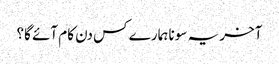
آخر یہ سونا ہمارے کس دن کام آئے گا؟